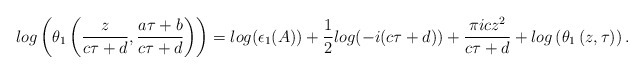
\begin{align*}~~~~~~~log\left(\theta_1\left(\frac{z}{c\tau+d},\frac{a\tau+b}{c\tau+d}\right)\right)=log(\epsilon_1(A))+\frac{1}{2}log(-i(c\tau+d))+\frac{\pi i c z^2}{c\tau+d}+log\left(\theta_1\left(z,\tau\right)\right).\end{align*}